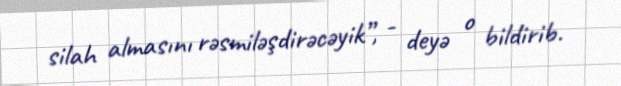
silah almasını rəsmiləşdirəcəyik”, - deyə o bildirib.